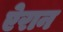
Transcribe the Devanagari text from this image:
ऐरान